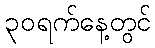
၃၀ရက်နေ့တွင်